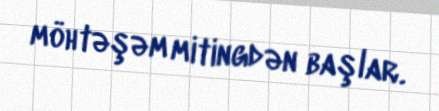
möhtəşəm mitingdən başlar.